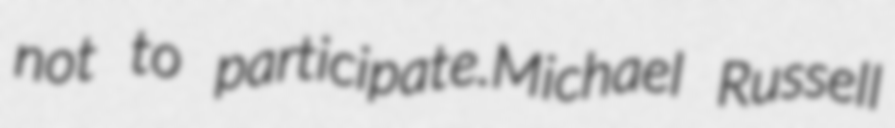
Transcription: not to participate.Michael Russell